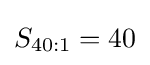
S_{40:1}=40